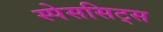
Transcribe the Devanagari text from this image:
स्पेससिट्स